Lunatic asylums Central Provinces reports 1910-1926 - 1910-1926
Year: 1910
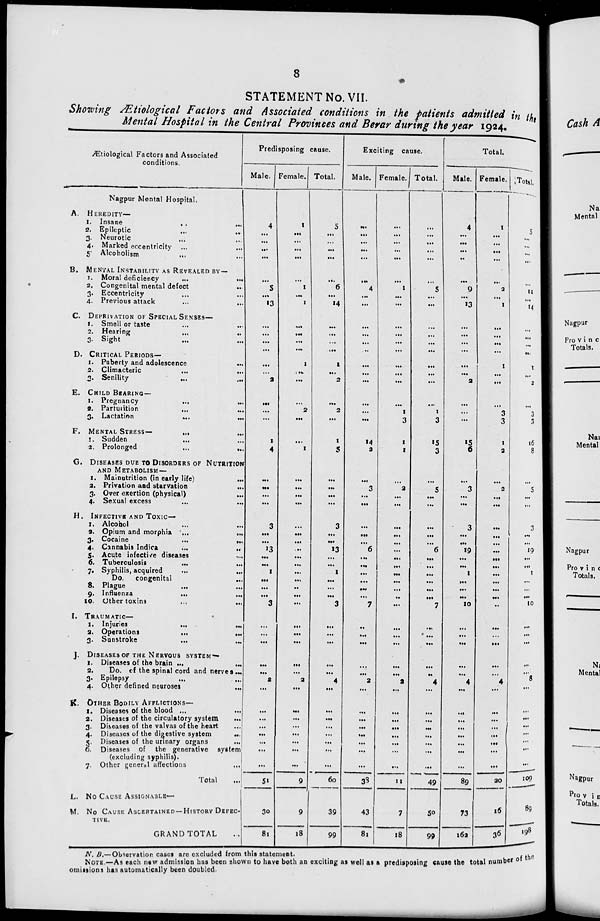
8
STATEMENT No. VII.
Showing Ætiological Factors and Associated conditions in the patients admitted in the
Mental Hospital in the Central Provinces and Berar during the year 1924.
Ætiological Factors and Associated
conditions.
Nagpur Mental Hospital.
A. HEREDITY—
1. Insane ... ...
2. Epileptic ... ...
3. Neurotic ... ...
4. Marked eccentricity ... ...
5. Alcoholism ... ...
B. MENTAL INSTABILITY AS REVEALED BY—
1. Moral deficiency
...
...
2. Congenital mental defect ...
3. Eccentricity ... ...
4. Previous attack ... ...
C. DEPRIVATION OF SPECIAL SENSES—
1. Smell or taste ... ...
2. Hearing ... ...
3. Sight ... ...
D. CRITICAL PERIODS—
1. Puberty and adolescence ...
2. Climacteric
...
...
3. Senility ... ...
E. CHILD BEARING—
1. Pregnancy
...
...
2. Parturition
...
...
3. Lactation
...
...
F. MENTAL STRESS— ... ...
1. Sudden ... ...
2. Prolonged
...
...
G. DISEASES DUE TO DISORDERS OF NUTRITION
AND METABOLISM—
1. Malnutrition (in early life) ...
2. Privation and starvation ...
3. Over exertion (physical)
...
4. Sexual excess
...
...
H. INFECTIVE AND TOXIC—
1. Alcohol
...
...
2. Opium and morphia ...
...
3. Cocaine
...
...
4. Cannabis Indica
...
...
5. Acute infective diseases
...
6. Tuberculosis
7. Syphilis, acquired
...
...
Do.
congenital
...
8. Plague
... ...
9. Influenza
...
...
10. Other toxins
...
...
I. TRAUMATIC—
I. Injuries
...
...
2. Operations
...
...
3. Sunstroke
...
...
J. DISEASES OF THE NERVOUS SYSTEM—
1. Diseases of the brain ...
...
2.
Do. of the spinal cord and nerves ...
3. Epilepsy ... ...
4. Other defined neuroses ...
K. OTHER BODILY AFFLICTIONS—
1. Diseases of the blood ...
...
2. Diseases of the circulatory system ...
3. Diseases of the valvas of the heart ...
4. Diseases of the digestive system
...
5. Diseases of the urinary organs ...
6. Diseases of the generative system
(excluding syphilis).
7. Other general affections ...
Total ...
L. NO CAUSE ASSIGNABLE—
M. NO CAUSE ASCERTAINED —HISTORY DEFEC-
TIVE.
GRAND TOTAL ...
Predisposing cause.
Male.
4
...
...
...
...
...
5
...
13
...
...
...
...
...
2
...
...
...
1
4
...
...
...
...
3
...
...
13
...
...
1
...
...
...
3
...
...
...
...
...
2
...
...
...
...
...
...
...
...
51
30
81
Female.
1
...
...
...
...
...
1
...
1
...
...
...
1
...
...
...
2
...
...
1
...
...
...
...
...
...
...
...
...
...
...
...
...
...
...
...
...
...
...
...
2
...
...
...
...
...
...
...
...
9
9
18
Total.
5
...
...
...
...
...
6
...
14
...
...
...
1
...
2
...
2
...
1
5
...
...
...
...
3
...
...
13
...
...
1
...
...
...
3
...
...
...
...
...
4
...
...
...
...
...
...
...
...
60
39
99
Exciting cause.
Male.
...
...
...
...
...
...
4
...
...
...
...
...
...
...
...
...
...
...
14
2
...
3
...
...
...
...
...
6
...
...
...
...
...
...
7
...
...
...
...
...
2
...
...
...
...
...
...
...
...
38
43
81
Female.
...
...
...
...
...
...
1
...
...
...
...
...
...
...
...
...
1
3
1
1
...
2
...
...
...
...
...
...
...
...
...
...
...
...
...
...
...
...
...
...
2
...
...
...
...
...
...
...
...
11
7
18
Total.
...
...
...
...
...
...
5
...
...
...
...
...
...
...
...
...
1
3
15
3
...
5
...
...
...
...
...
6
...
...
...
...
...
...
7
...
...
...
...
...
4
...
...
...
...
...
...
...
...
49
50
99
Total.
Male.
4
...
...
...
...
...
9
...
13
...
...
...
...
...
2
...
...
...
15
6
...
3
...
...
3
...
...
19
...
...
1
...
...
...
10
...
...
...
...
...
4
...
...
...
...
...
...
...
...
89
73
162
Female.
1
...
...
...
...
...
2
...
1
...
...
...
1
...
...
...
3
3
1
2
...
2
...
...
...
...
...
...
...
...
...
...
...
...
...
...
...
...
...
...
4
...
...
...
...
...
...
...
...
20
16
36
Total.
5
...
...
...
...
...
11
...
14
...
...
...
1
...
2
...
3
3
16
8
...
5
...
...
3
...
...
19
...
...
1
...
...
...
10
...
...
...
...
...
8
...
...
109
89
198
N. B.—Observation cases are excluded from this statement.
NOTE.—As each new admission has been shown to have both an exciting as well as a predisposing cause the total number of the
omissions has automatically been doubled.